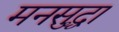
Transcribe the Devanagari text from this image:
मनसुद्धा